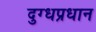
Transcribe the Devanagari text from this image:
दुग्धप्रधान